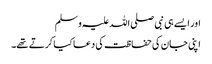
اور ایسے ہی نبی صلی اللہ علیہ وسلم
اپنی جان کی حفاظت کی دعا کیا کرتے تھے۔